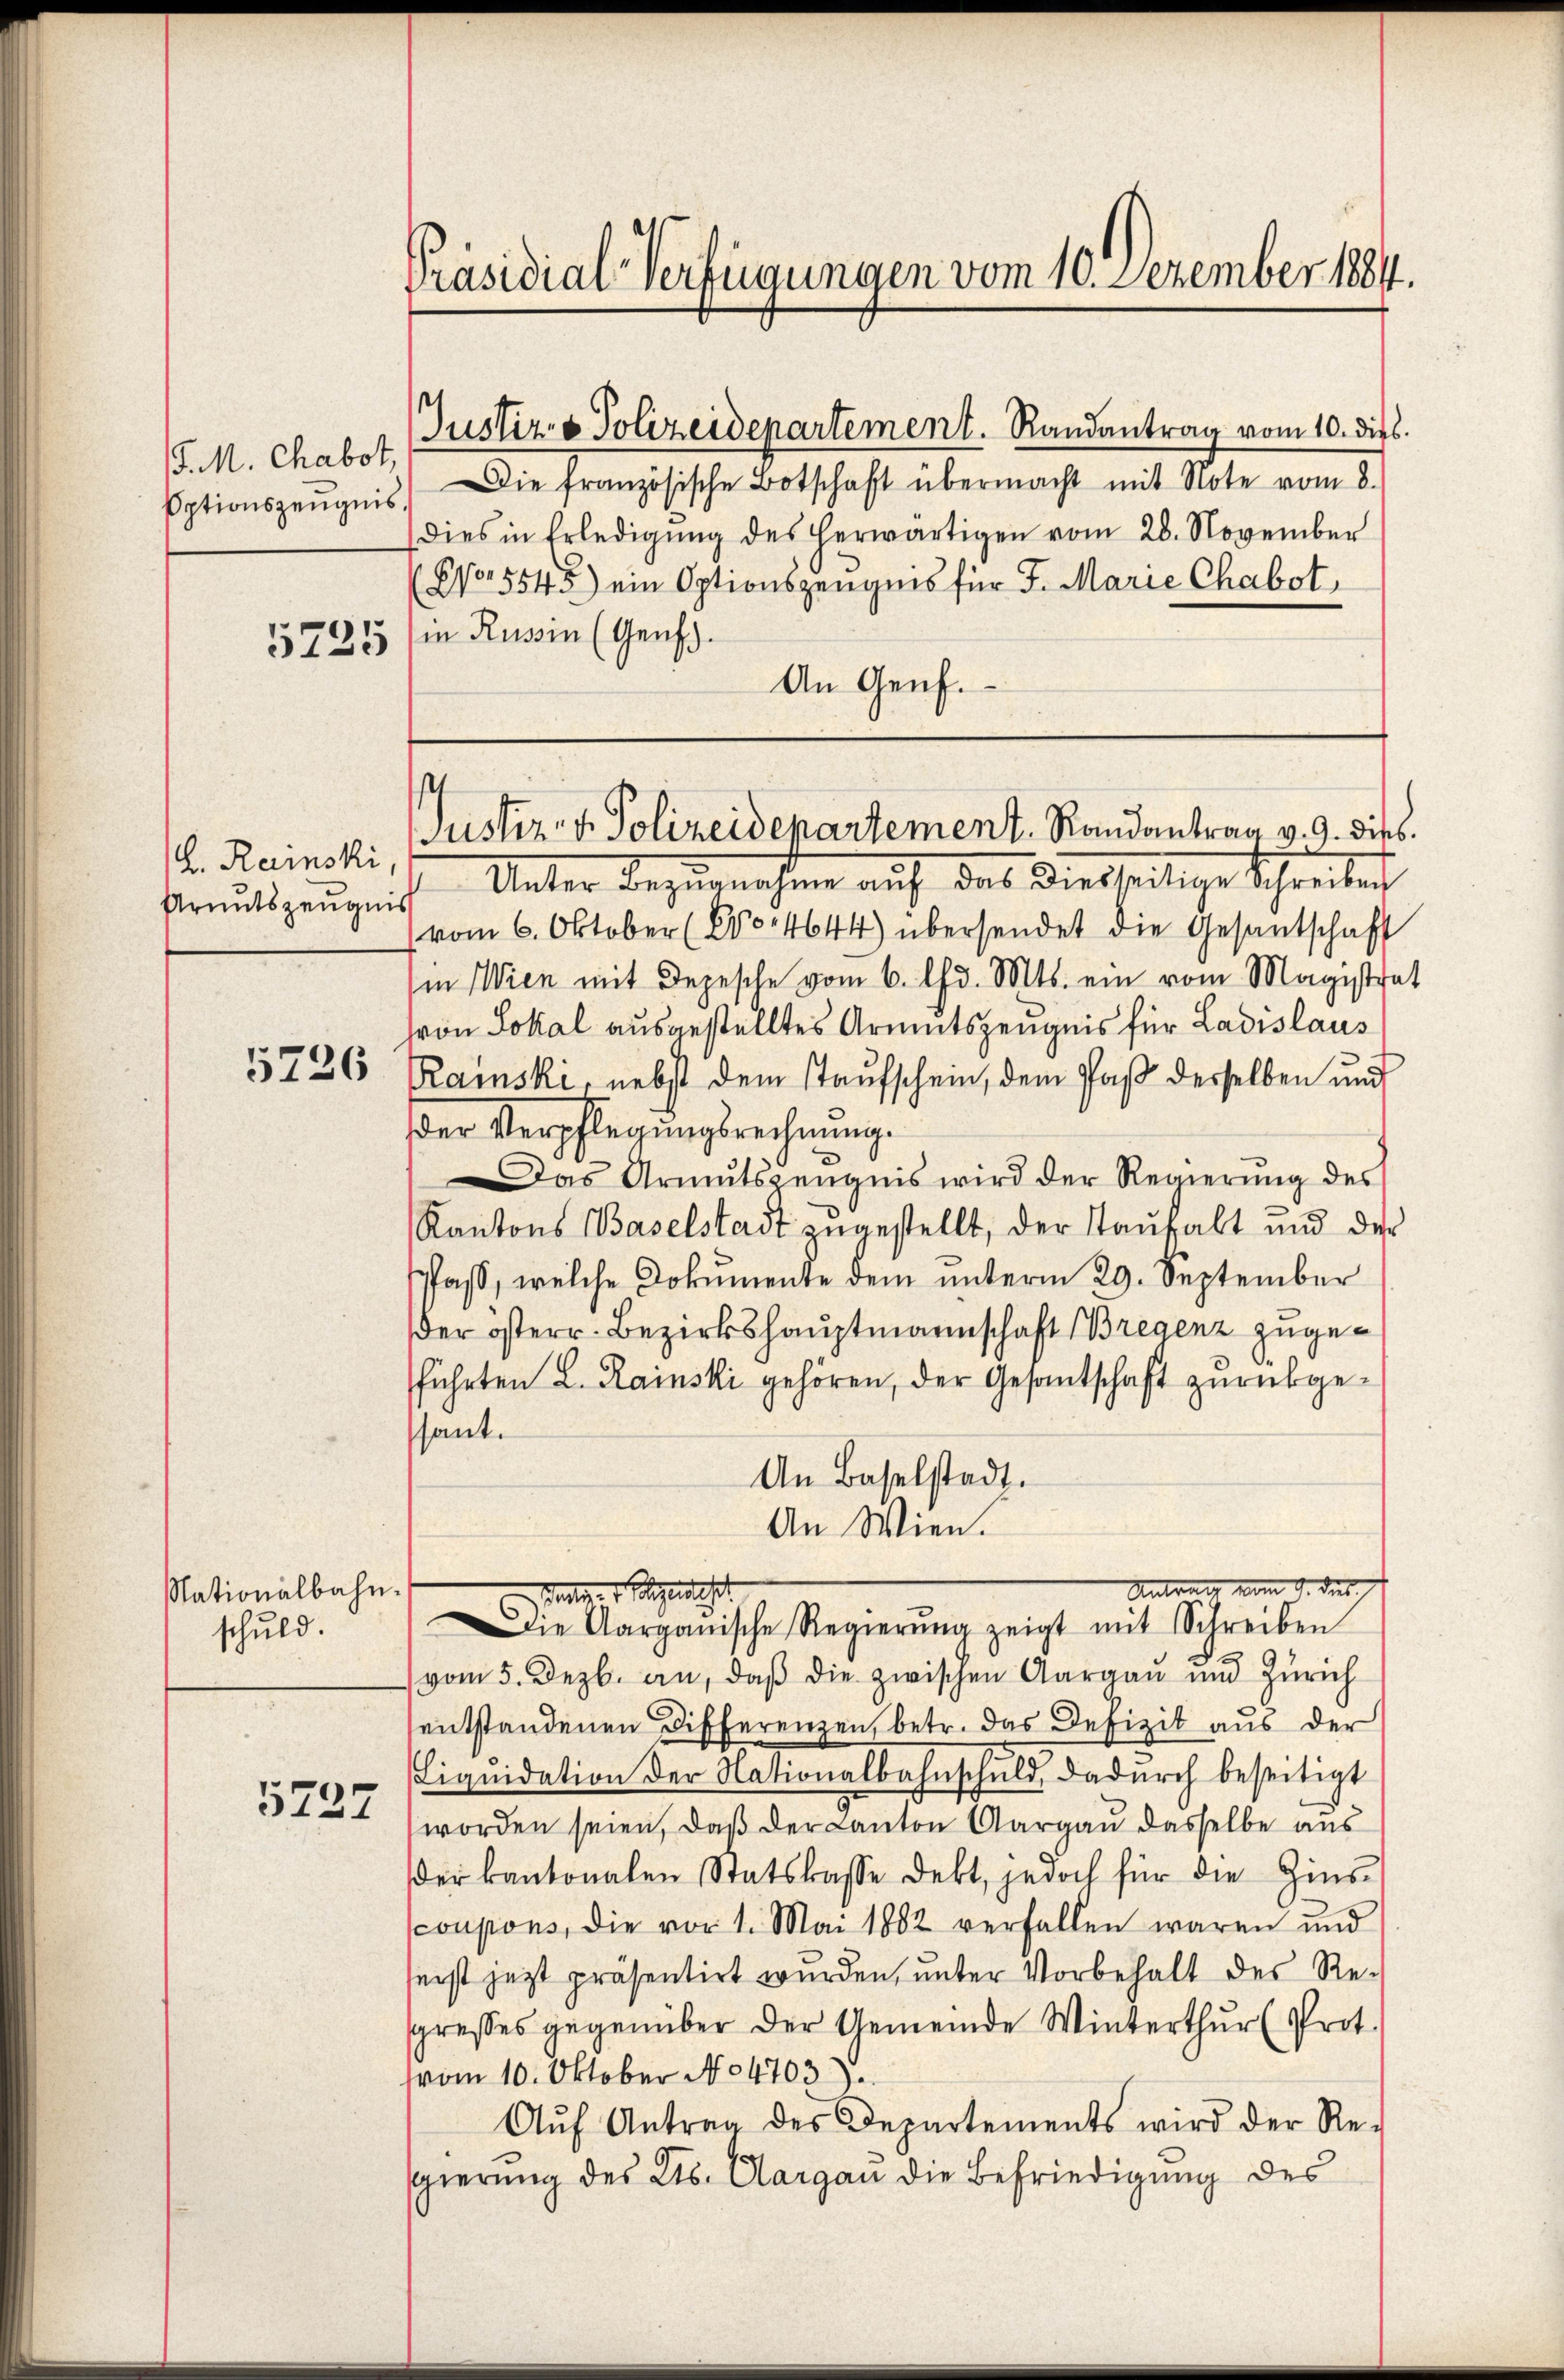
J. M. Chabot,
5225

L. Rainski,
Armutszeugnis

5726

Nationalbahn
schuld.

5237

Präsidial-Verfügungen vom 10. Dezember 1884.

Justiz- & Polizeidepartement. Randantrag vom 10. dies
Eptionszeŭgnis. Die französische Botschaft übermacht mit Note vom 8.
dies in Erledigŭng des herwärtigen vom 28. November
No. 5545) ein Optionszeugnis für J. Marie Chabot
in Russin (Genf.
An Genf.

Unter dazu nehme auf das Diesseitige Schweilich
vom 6. Oktober (Evo 4644) übersendet die Gesantschaft
in Wien mit Depesche vom 6. d. Mts. ein vom Magistrat
von Lokal ausgestelltes Armutszeugnis für Ladislaus
Rainski, nebst dem Staufschein, dem Paß derselben und
der Verpflegungsrechnung.
Das Armutszeŭgnis wird der Regierŭng des
Kantons Baselstadt zugestellt, der Taŭfalt und der
Pfaß, welche Dokumente dem unterm 29. September
der österr. Bezirkshauptmannschaft Bregenz zugeführten L. Rainski gehören, der Gesantschaft zurückgesant.
An Baselstadt.
An Wien.
Antrag vom 9. des
2
Pertiger gedacht
ie Aarganische Regierŭng zeigt mit Schreiben
vom 5. Dezb. an, daβ die zwischen Aargau und Zürich
sentstandenen Differenzen, betr. das Defizit aus der
Liquidation der Nationalbahnschuld, dadurch beseitigt
worden seien, daß der Canton Aargau dasselbe aus
der kantonalen Statskasse dekt, jedoch für die Zins-
scoupons, die vor 1. Mai 1882 verfallen waren und
seist jetzt präsentirt wurden, unter Vorbehalt des Respresses gegenüber der Gemeinde Winterthŭr (Prot.
vom 10. Oktober No 4703.
Aŭf Antrag des Departements wird der Re-
sgierung des Kts. Aargau die Befriedigung des

Justiz- & Polizeidepartement. Randantrag v. 9. dies

.